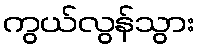
ကွယ်လွန်သွား